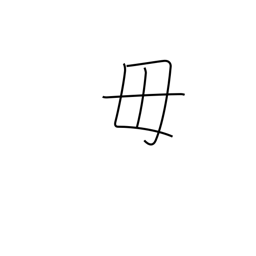
Meaning: be not